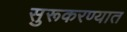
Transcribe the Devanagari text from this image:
सुरूकरण्यात